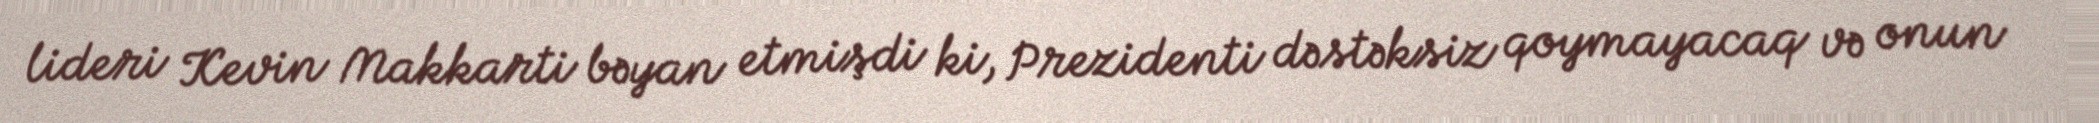
lideri Kevin Makkarti bəyan etmişdi ki, Prezidenti dəstəksiz qoymayacaq və onun